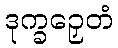
ဒုက္ခဉှေတံ